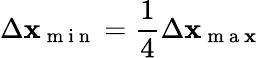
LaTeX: \Delta\mathbf{x}_{\mathrm{{~m~i~n~}}}=\frac{1}{4}\Delta\mathbf{x}_{\mathrm{{~m~a~\mathbf{x}~}}}